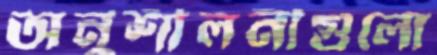
অনুশীলনীগুলো